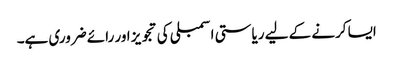
ایسا کرنے کے لیے ریاستی اسمبلی کی تجویز اور رائے ضروری ہے۔